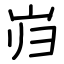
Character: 岿